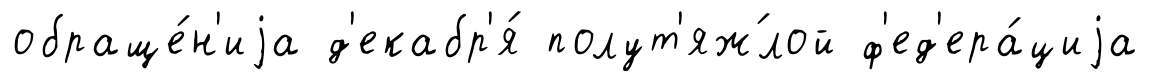
обраще́н'иjа д'екабр'я́ полут'яж́лой ф'ед'ера́циjа